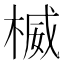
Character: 楲